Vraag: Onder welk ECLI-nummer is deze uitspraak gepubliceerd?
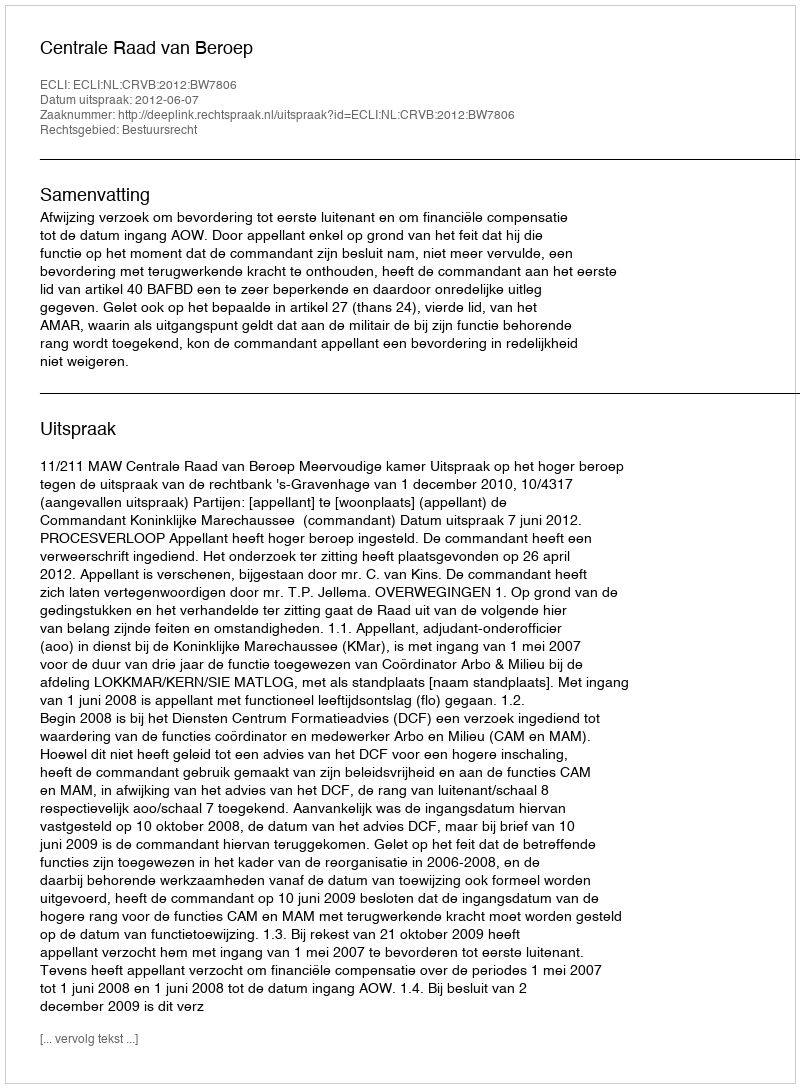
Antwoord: ECLI:NL:CRVB:2012:BW7806